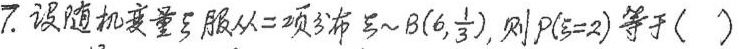
7.设随机变量号服从二项分布 \xi~B(6,\frac{1}{3}),则P($$\xi = 2$$)等于